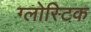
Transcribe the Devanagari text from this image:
ग्लोस्टिक